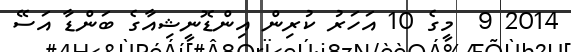
2014 9  މީގެ 10 އަހަރު ކުރިން އިންޑޮނީޝިއާގެ ބަންޑާ އަސޭ